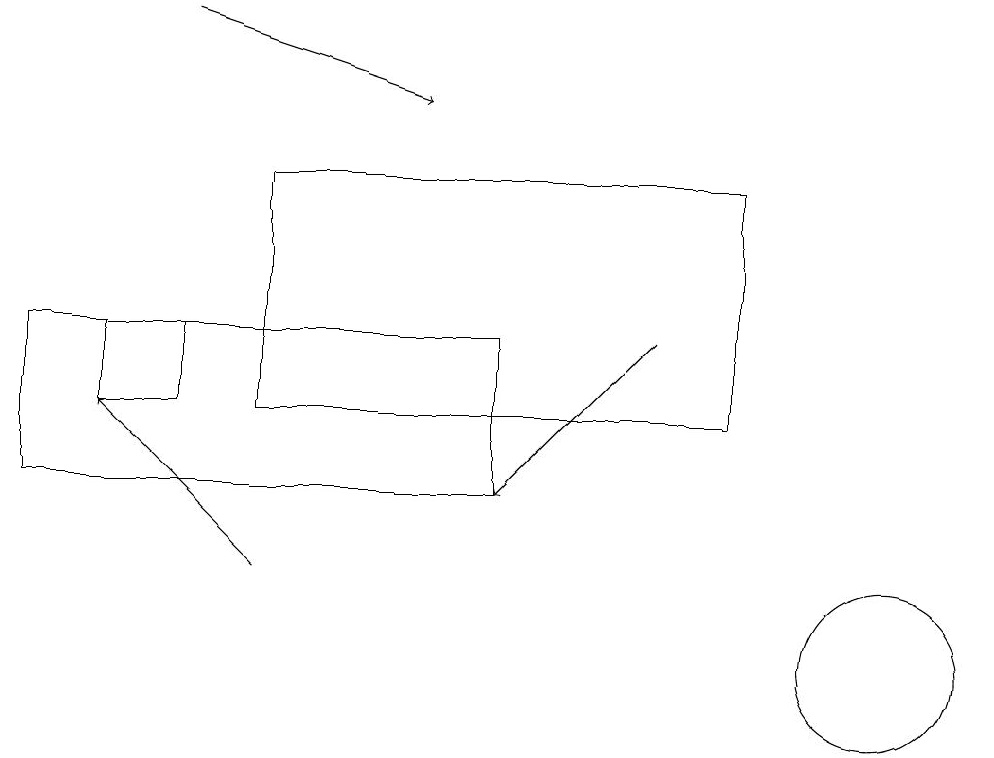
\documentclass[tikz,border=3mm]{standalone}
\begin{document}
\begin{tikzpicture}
\draw[->] (2,19) -- (5,18);
\draw[->] (8,15) -- (6,13);
\draw (2,14) rectangle (1,15);
\draw (0,13) rectangle (6,15);
\draw[->] (3,12) -- (1,14);
\draw (11,11) circle (1);
\draw (3,17) rectangle (9,14);
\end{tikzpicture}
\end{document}